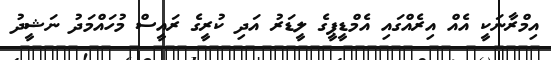
އިމްރާނަކީ އެއް އިރެއްގައި އެމްޑީޕީގެ ލީޑަރު އަދި ކުރީގެ ރައީސް މުހައްމަދު ނަޝީދު